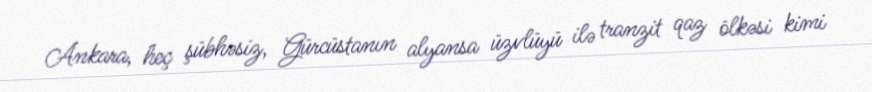
Ankara, heç şübhəsiz, Gürcüstanın alyansa üzvlüyü ilə tranzit qaz ölkəsi kimi